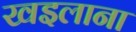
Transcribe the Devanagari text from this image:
खइलाना